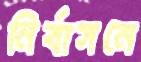
নির্বাসনে